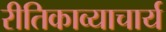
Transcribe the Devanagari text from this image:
रीतिकाव्याचार्य